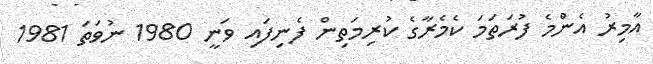
އާމިރު އެންމެ ފުރަތަމަ ކެމެރާގެ ކުރިމަތިން ފެނިފައި ވަނީ 1980 ނުވަތަ 1981